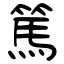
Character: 篤